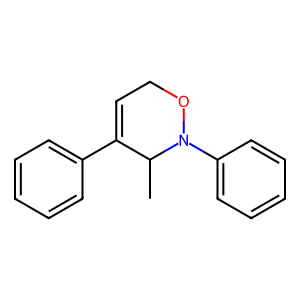
SMILES: CC1C(c2ccccc2)=CCON1c1ccccc1
Inhibits HIV replication: No